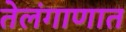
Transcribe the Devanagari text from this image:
तेलंगाणात